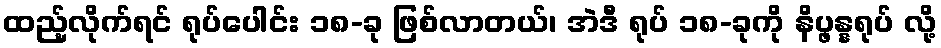
ထည့်လိုက်ရင် ရုပ်ပေါင်း ၁၈-ခု ဖြစ်လာတယ်၊ အဲဒီ ရုပ် ၁၈-ခုကို နိပ္ဖန္နရုပ် လို့